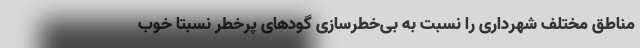
مناطق مختلف شهرداری را نسبت به بی‌خطرسازی گودهای پرخطر نسبتا خوب